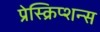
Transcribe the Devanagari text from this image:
प्रेस्क्रिप्शन्स